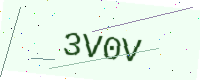
Text: 3V0V